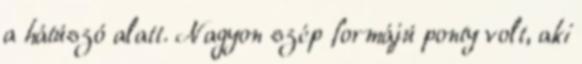
a hátúszó alatt. Nagyon szép formájú ponty volt, aki